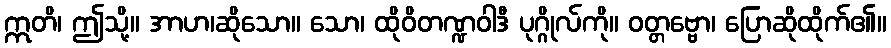
ဣတိ၊ ဤသို့။ အာဟ၊ဆိုသော။ သော၊ ထိုဝိတဏ္ဍဝါဒီ ပုဂ္ဂိုလ်ကို။ ဝတ္တဗ္ဗော၊ ပြောဆိုထိုက်၏။